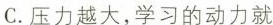
C.压力越大，学习的动力就